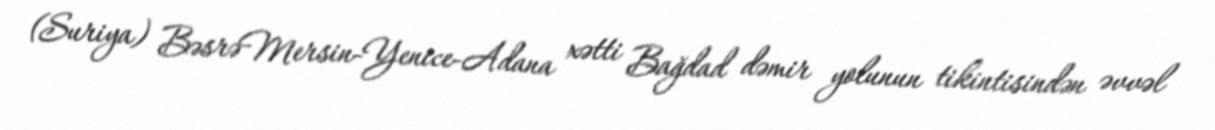
(Suriya) BəsrəMersin-Yenice-Adana xətti Bağdad dəmir yolunun tikintisindən əvvəl